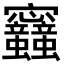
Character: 𡬛